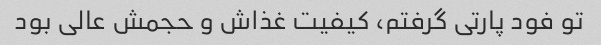
تو فود پارتی گرفتم، کیفیت غذاش و حجمش عالی بود